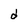
Character: d